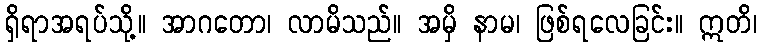
ရှိရာအရပ်သို့။ အာဂတော၊ လာမိသည်။ အမှိ နာမ၊ ဖြစ်ရလေခြင်း။ ဣတိ၊